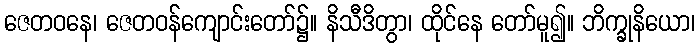
ဇေတဝနေ၊ ဇေတဝန်ကျောင်းတော်၌။ နိသီဒိတွာ၊ ထိုင်နေ တော်မူ၍။ ဘိက္ခုနိယော၊